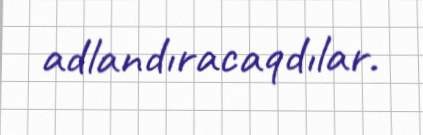
adlandıracaqdılar.